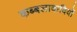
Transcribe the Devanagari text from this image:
कब्बलावादियों